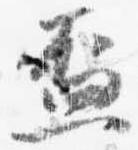
盃